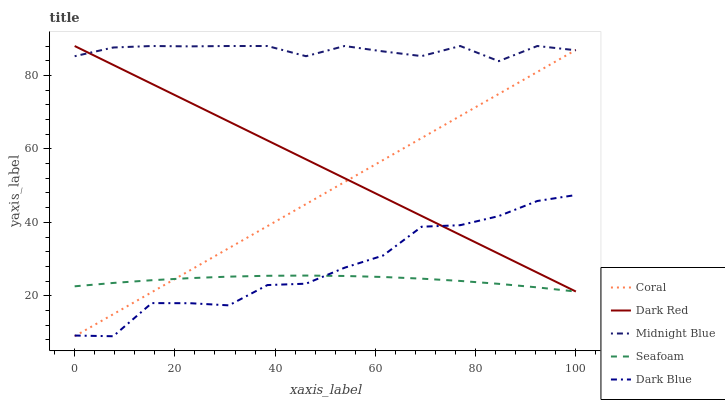
| xaxis_label | Coral | Dark Red | Midnight Blue | Seafoam | Dark Blue |
 | --- | --- | --- | --- | --- | --- |
 | 0 | 9 | 88 | 85.2 | 22.6 | 9.2 |
 | 7.69 | 15 | 82.9 | 87.6 | 23.5 | 9 |
 | 15.4 | 21 | 77.7 | 88 | 24.3 | 18 |
 | 23.1 | 27 | 72.6 | 87.9 | 24.8 | 18 |
 | 30.8 | 33 | 67.4 | 88 | 25.2 | 17.4 |
 | 38.5 | 39 | 62.3 | 88 | 25.5 | 22.9 |
 | 46.2 | 45 | 57.2 | 85.2 | 25.5 | 23.3 |
 | 53.8 | 51 | 52 | 88 | 25.4 | 27.6 |
 | 61.5 | 57 | 46.9 | 86.5 | 25.1 | 31 |
 | 69.2 | 63 | 41.7 | 85.3 | 24.7 | 38.8 |
 | 76.9 | 69 | 36.6 | 88 | 24.1 | 39.2 |
 | 84.6 | 74.9 | 31.5 | 83.9 | 23.3 | 41.7 |
 | 92.3 | 80.9 | 26.3 | 88 | 22.3 | 45.8 |
 | 100 | 86.9 | 21.2 | 86.8 | 21.2 | 47.4 |